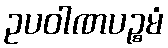
ဥပဝါဏပဉ္စမံ